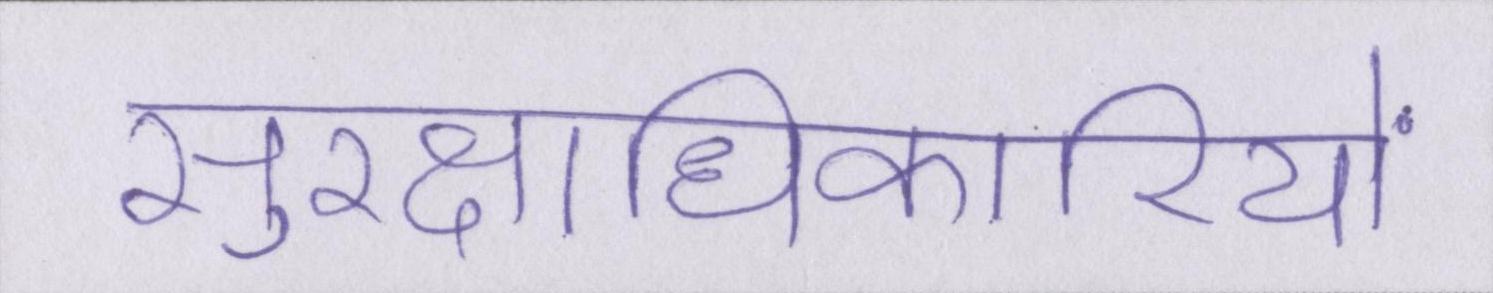
सुरक्षाधिकारियों